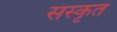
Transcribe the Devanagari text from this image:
संस्कृतं